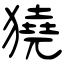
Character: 獟